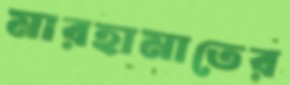
মারহামাতের